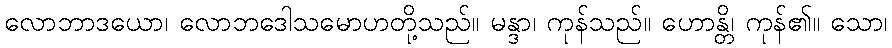
လောဘာဒယော၊ လောဘဒေါသမောဟတို့သည်။ မန္ဒာ၊ ကုန်သည်။ ဟောန္တိ၊ ကုန်၏။ သော၊